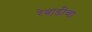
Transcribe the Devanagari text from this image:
रेवाडीचा